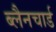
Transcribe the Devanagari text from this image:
ब्लैनचार्ड